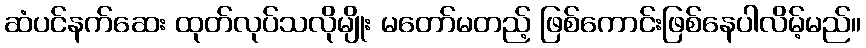
ဆံပင်နက်ဆေး ထုတ်လုပ်သလိုမျိုး မတော်မတည့် ဖြစ်ကောင်းဖြစ်နေပါလိမ့်မည်။